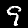
Label: 9